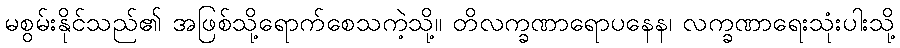
မစွမ်းနိုင်သည်၏ အဖြစ်သို့ရောက်စေသကဲ့သို့။ တိလက္ခဏာရောပနေန၊ လက္ခဏာရေးသုံးပါးသို့